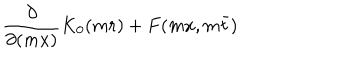
\frac { \partial } { \partial ( m x ) } K _ { 0 } ( m r ) + F ( m x , m \bar { t } )